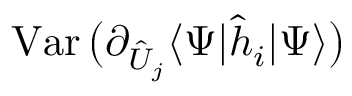
\operatorname { V a r } \big ( \partial _ { \hat { U } _ { j } } \langle \Psi | \hat { h } _ { i } | \Psi \rangle \big )